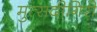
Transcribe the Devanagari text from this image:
मुत्सदीगिरी